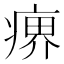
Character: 𤸋